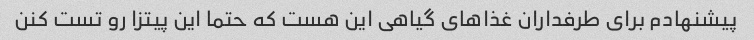
پیشنهادم برای طرفداران غذاهای گیاهی این هست که حتما این پیتزا رو تست کنن